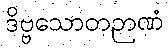
ဒိဗ္ဗသောတဉာဏံ